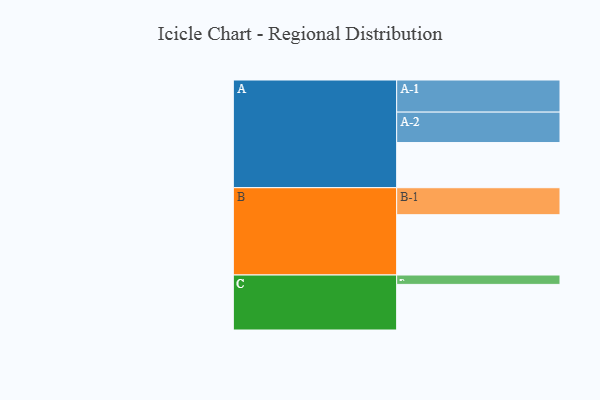
{"axis": {"x": "Segment", "y": "Value"}, "legend": ["", "A", "B", "C"], "data": [{"x": "A", "y": 405, "type": ""}, {"x": "B", "y": 541, "type": ""}, {"x": "C", "y": 409, "type": ""}, {"x": "A-1", "y": 288, "type": "A"}, {"x": "A-2", "y": 273, "type": "A"}, {"x": "B-1", "y": 242, "type": "B"}, {"x": "C-1", "y": 84, "type": "C"}]}